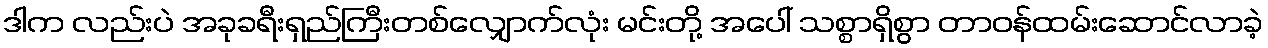
ဒါက လည်းပဲ အခုခရီးရှည်ကြီးတစ်လျှောက်လုံး မင်းတို့ အပေါ် သစ္စာရှိစွာ တာဝန်ထမ်းဆောင်လာခဲ့